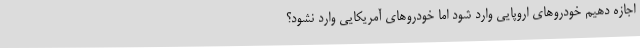
اجازه دهیم خودروهای اروپایی وارد شود اما خودروهای آمریکایی وارد نشود؟